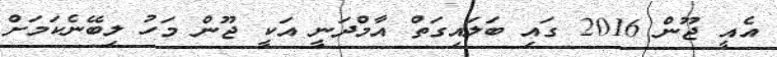
އެއީ ޖޫން 2016 ގައި ބަލައިގަތް އާމްދަނީ އަކީ ޖޫން މަހު ލިބޭނެކަމަށް